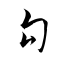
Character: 句